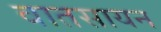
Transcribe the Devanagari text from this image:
वातसायन